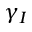
\gamma _ { I }